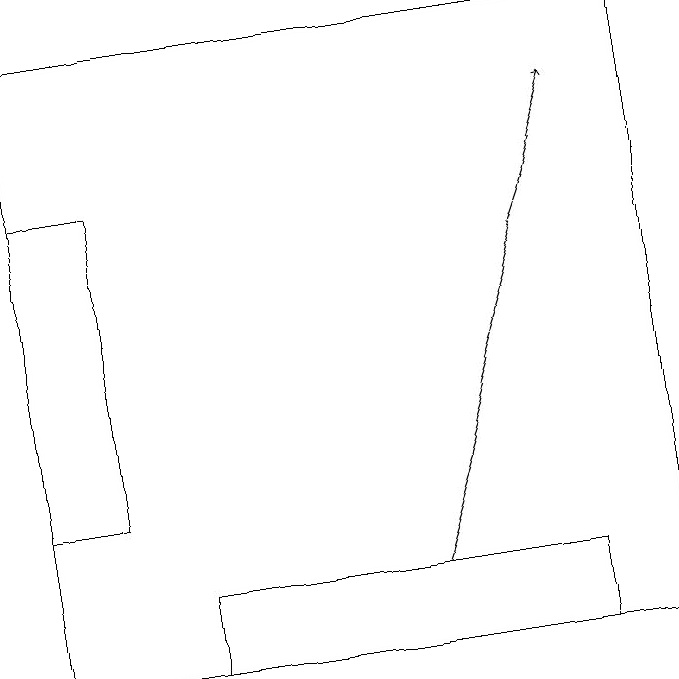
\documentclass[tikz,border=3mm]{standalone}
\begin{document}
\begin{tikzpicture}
\draw (8,12) rectangle (3,11);
\draw (2,17) rectangle (1,13);
\draw (1,19) rectangle (9,11);
\draw[->] (6,12) -- (8,18);
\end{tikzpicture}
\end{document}